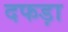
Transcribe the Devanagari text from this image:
दफड़ा